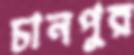
চানপুর